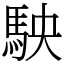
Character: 駚